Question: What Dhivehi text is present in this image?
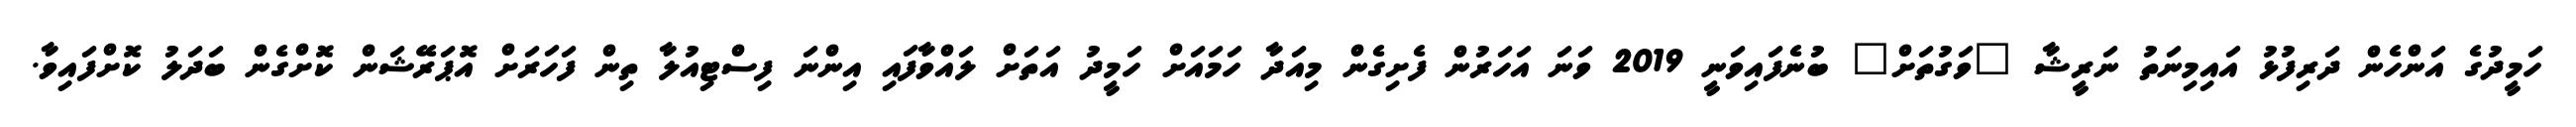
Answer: ހަމީދުގެ އަންހެން ދަރިފުޅު އައިމިނަތު ނަރީޝާ "ވަގުތަށް" ބުނެފައިވަނީ 2019 ވަނަ އަހަރުން ފެށިގެން މިއަދާ ހަމައަށް ހަމީދު އަތަށް ލައްވާފައި އިންނަ ފިސްޓިއުލާ ތިން ފަހަރަށް އޮޕަރޭޝަން ކޮށްގެން ބަދަލު ކޮށްފައިވާ.